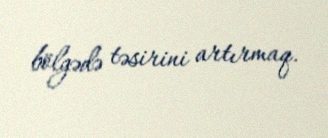
bölgədə təsirini artırmaq.